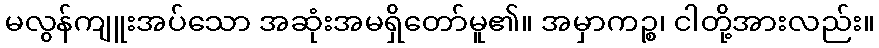
မလွန်ကျူးအပ်သော အဆုံးအမရှိတော်မူ၏။ အမှာကဉ္စ၊ ငါတို့အားလည်း။